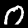
Label: 0